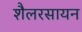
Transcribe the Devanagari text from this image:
शैलरसायन